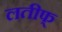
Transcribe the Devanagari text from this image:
लतीफ्